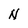
Character: N